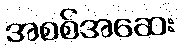
အစစ်အဆေး